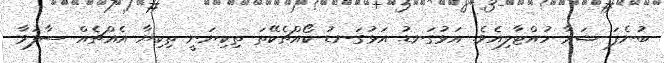
ބުނެފަ ޝަރާ ހުއްޓާލިއެވެ. އަޅުގަނޑު އަޅުގަނޑު ކޯއްޗެކޭތަ ތިކިޔަނީ ތިކިޔާ އެއްޗެއް ސާފުވާ